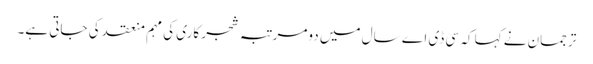
ترجمان نے کہا کہ سی ڈی اے سال میں دومرتبہ شجر کاری کی مہم منعقد کی جاتی ہے۔